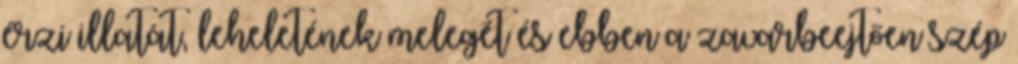
érzi illatát, leheletének melegét és ebben a zavarbeejtően szép